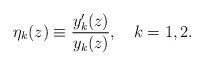
LaTeX: \begin{align*} \eta_k(z)\equiv\frac{y_k'(z)}{y_k(z)}, \quad k=1,2.\end{align*}